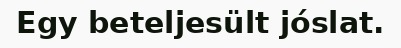
Egy beteljesült jóslat.